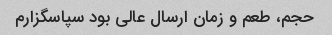
حجم، طعم و زمان ارسال عالی بود سپاسگزارم